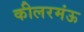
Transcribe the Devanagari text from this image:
कीलरमंऊ